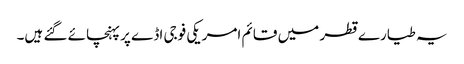
یہ طیارے قطر میں قائم امریکی فوجی اڈے پر پہنچائے گئے ہیں۔